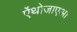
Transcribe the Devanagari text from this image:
ऐंथोजाएआ